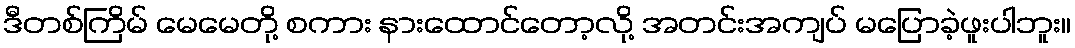
ဒီတစ်ကြိမ် မေမေတို့ စကား နားထောင်တော့လို့ အတင်းအကျပ် မပြောခဲ့ဖူးပါဘူး။